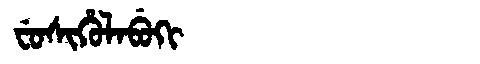
Manchu: ᠸᡠᠰᡳᡥᡠᠯᠠᠪᡠᡴᡳ
Romanization: FUSIHULABUKI